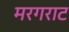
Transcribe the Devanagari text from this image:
मरगराट